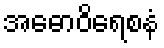
အဓောဝိရေစနံ